Civil Veterinary Department. Madras. Admin. report 1926-33 - 1926-1933
Year: 1926
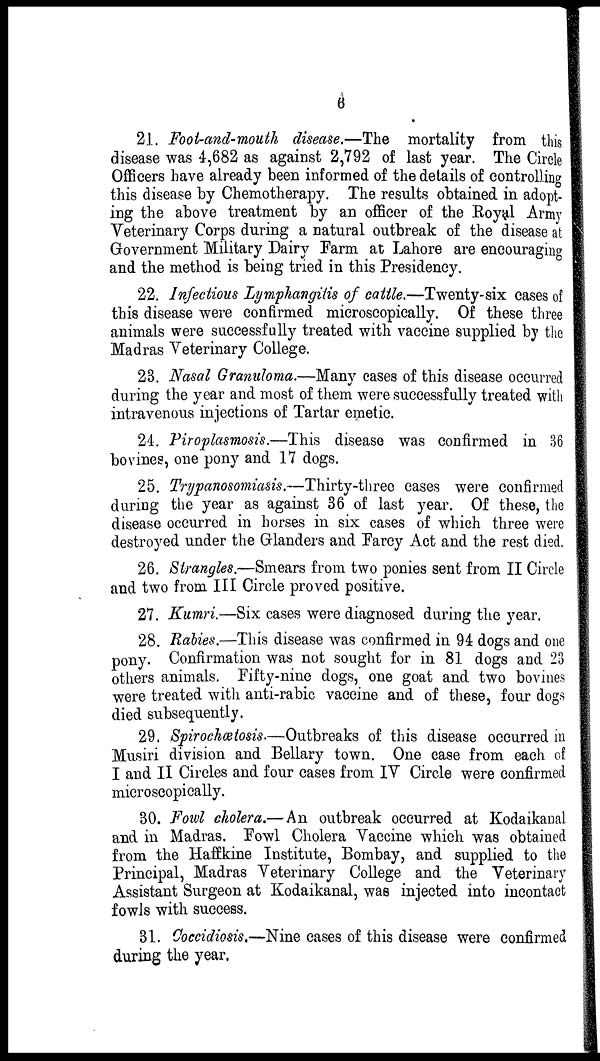
6
21. Foot-and-mouth disease.—The mortality from this
disease was 4,682 as against 2,792 of last year. The Circle
Officers have already been informed of the details of controlling
this disease by Chemotherapy. The results obtained in adopt-
ing the above treatment by an officer of the Royal Army
Veterinary Corps during a natural outbreak of the disease at
Government Military Dairy Farm at Lahore are encouraging
and the method is being tried in this Presidency.
22. Infectious Lymphangitis of cattle.—Twenty-six cases of
this disease were confirmed microscopically. Of these three
animals were successfully treated with vaccine supplied by the
Madras Veterinary College.
23. Nasal Granuloma.—Many cases of this disease occurred
during the year and most of them were successfully treated with
intravenous injections of Tartar emetic.
24. Piroplasmosis.—This disease was confirmed in 36
bovines, one pony and 17 dogs.
25. Trypanosomiasis.—Thirty-three cases were confirmed
during the year as against 36 of last year. Of these, the
disease occurred in horses in six cases of which three were
destroyed under the Glanders and Farcy Act and the rest died.
26. Strangles.—Smears from two ponies sent from II Circle
and two from III Circle proved positive.
27. Kumri.—Six cases were diagnosed during the year.
28. Rabies.—This disease was confirmed in 94 dogs and one
pony. Confirmation was not sought for in 81 dogs and 23
others animals. Fifty-nine dogs, one goat and two bovines
were treated with anti-rabic vaccine and of these, four dogs
died subsequently.
29. Spirochætosis.—Outbreaks of this disease occurred in
Musiri division and Bellary town. One case from each of
I and II Circles and four cases from IV Circle were confirmed
microscopically.
30. Fowl cholera.—An outbreak occurred at Kodaikanal
and in Madras. Fowl Cholera Vaccine which was obtained
from the Haffkine Institute, Bombay, and supplied to the
Principal, Madras Veterinary College and the Veterinary
Assistant Surgeon at Kodaikanal, was injected into incontact
fowls with success.
31. Coccidiosis.—Nine cases of this disease were confirmed
during the year.